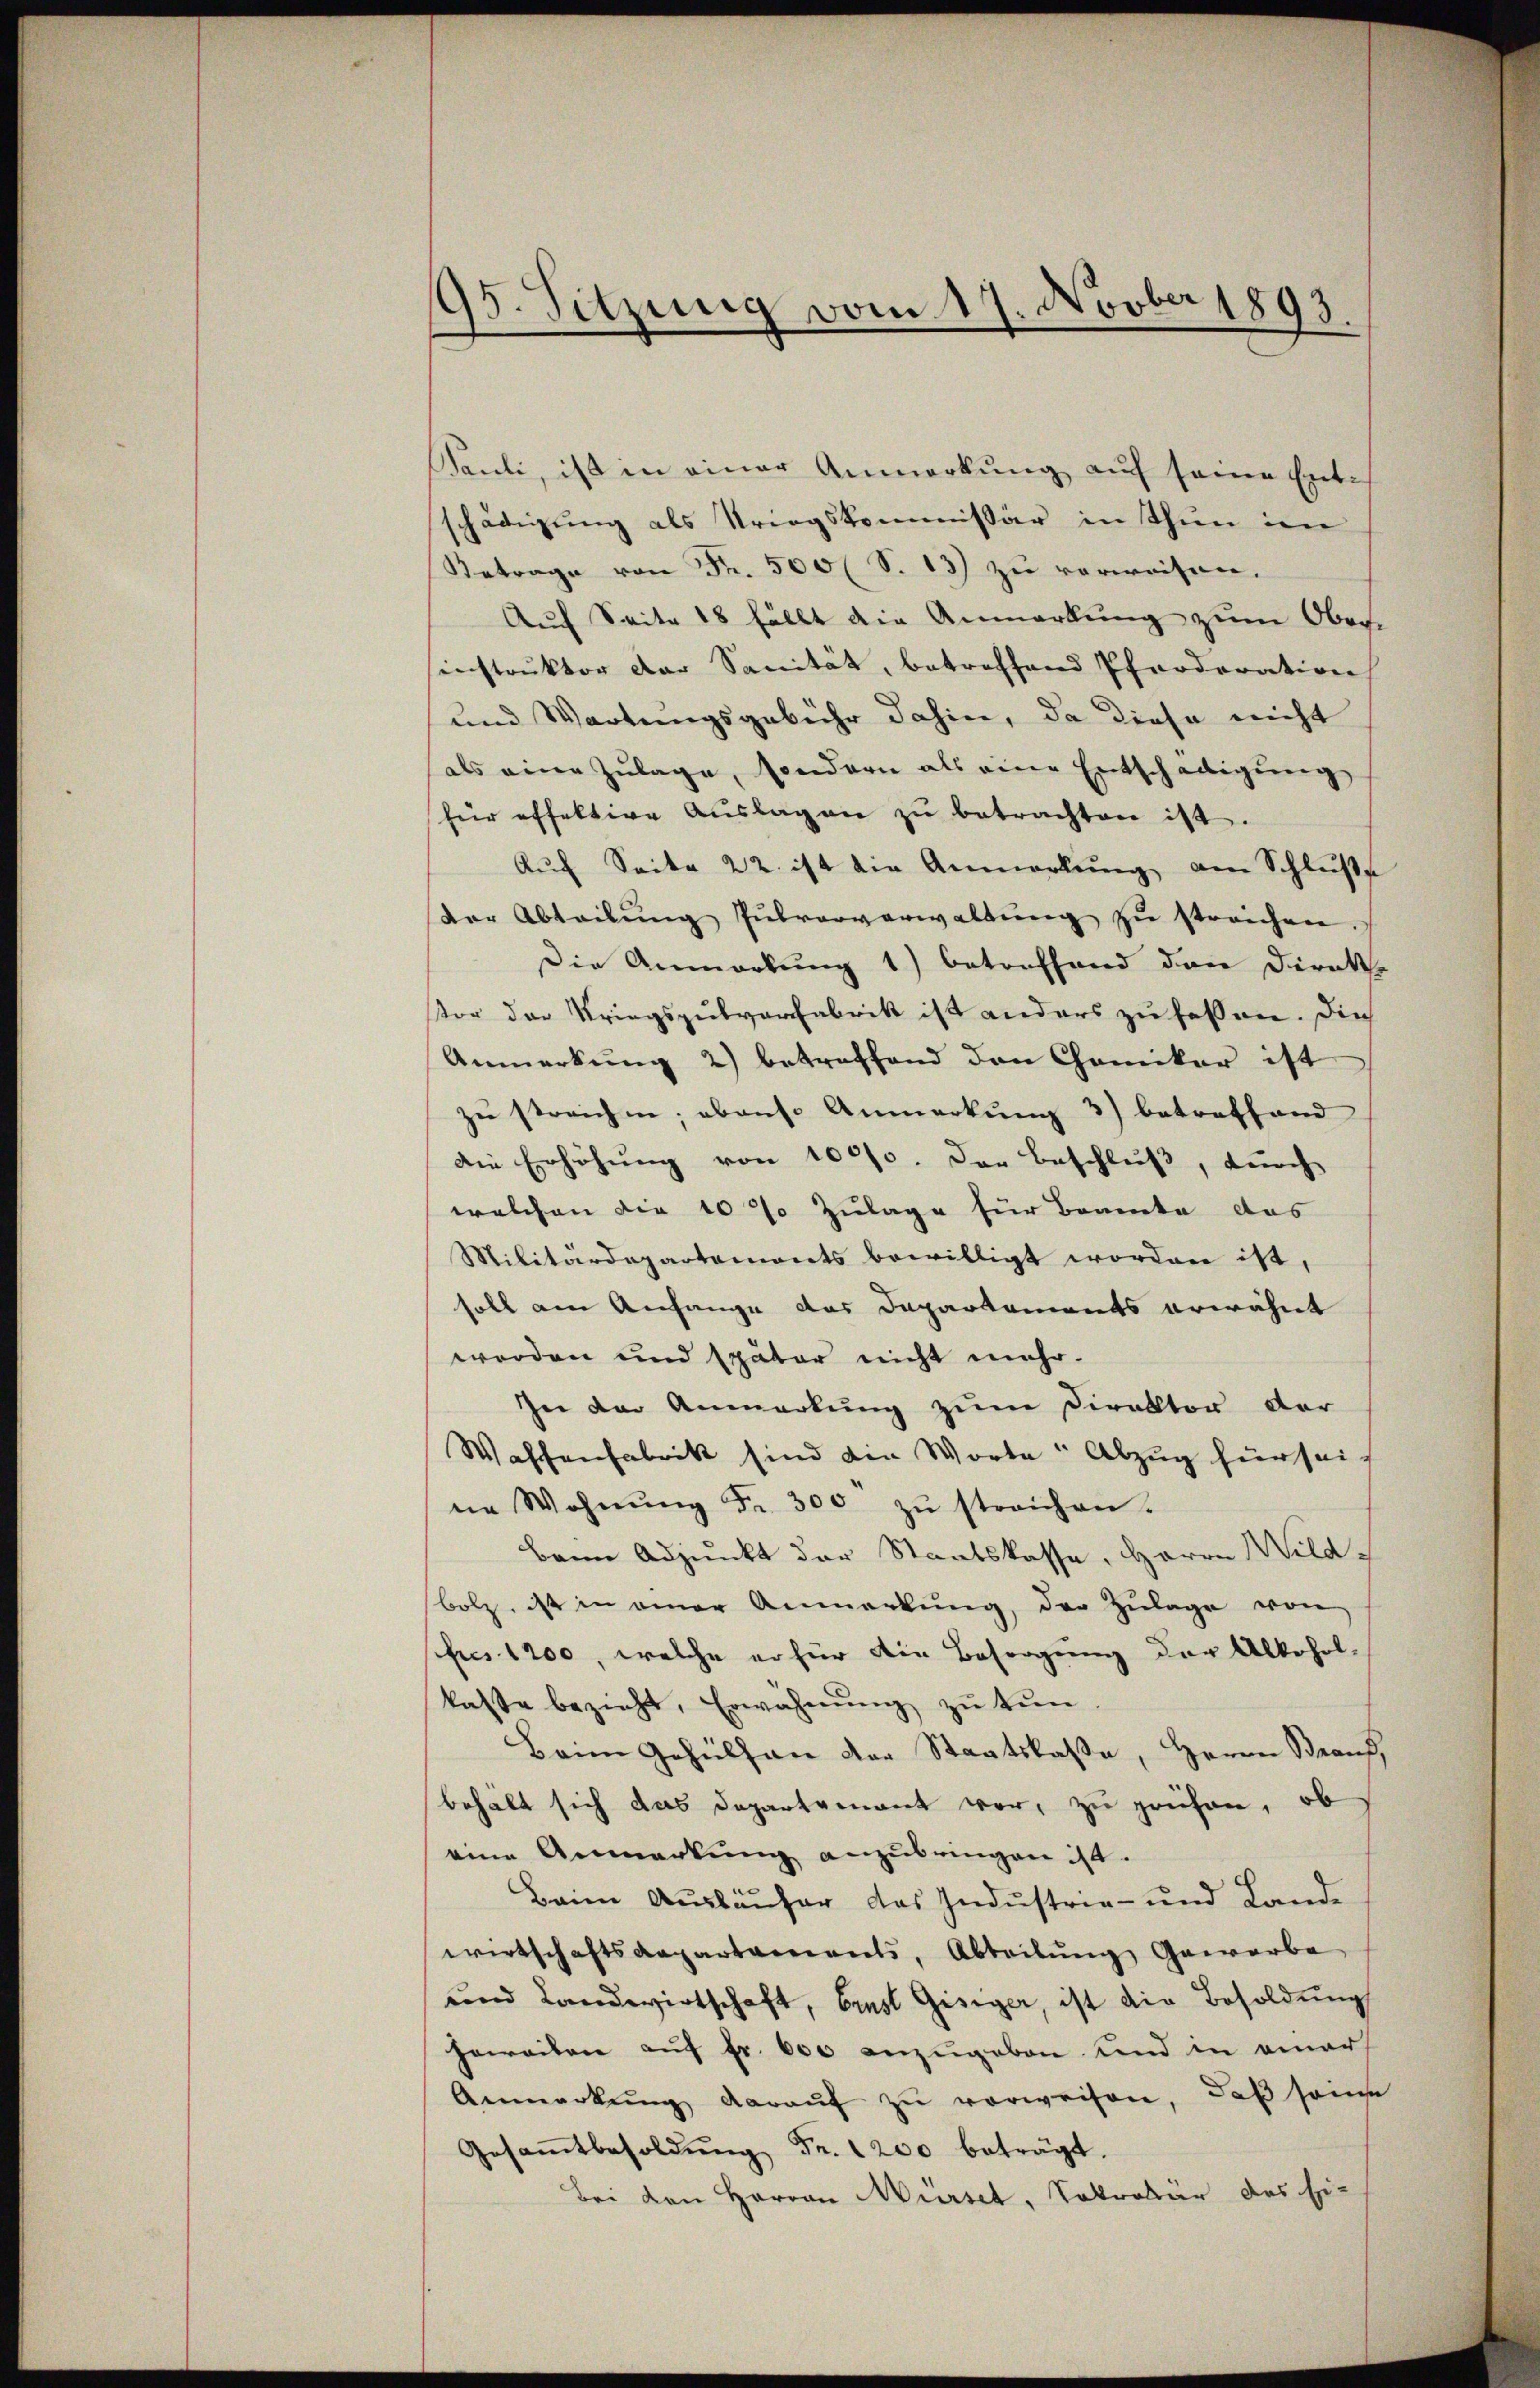
95. Sitzung vom 17. Novber 1893.

PPauli, ist in einer Anmerkung auf seine Ent-
schädigŭng als Kriegskommissär in Thun im
Betrage von Fr. 500 (S. 13) zu verweisen.
Auf Seite 18 fällt die Anmarkung zum Ober-
sinstruktor der Sanität, betreffend Pferderation
und Wartungsgebühr dahin, da diese nicht
als eine Zulage, sondern als eine Entschädigung
für effektive Aŭslagen zŭ betrachten ist.
Auf Seite 22. ist die Anmerkung am Schluße
der Abteilŭng Zŭbvorverwaltŭng zŭ streichen.
Die Anmerkung 1) betreffend den Direkt
Vor der Kriegsgutverfabrik ist anders zu fassen. Die
Anmerkŭng 2) betreffend den Chamikar ist
zu streichen; ebenso Anmerkung 3) betreffend
Die Erhöhung von 1000. Der Beschluß, durch
welchen die 10% Zulage für Beamte das
Militärdepartements bewilligt worden ist,
soll am Anfange das Departements erwähnt
werden und später nicht mehr.
In der Anmerkŭng zŭm Direktor der
Waffenfabrik sind die Worte: Abzug für sein
ne Wohnŭng Fr. 300 zŭ streichen.
Bann Adjunkt der Staatskasse, Herrn Wildbolz, ist in einer Anmerkŭng, der Zŭlage von
für 1200, welche er für die Besorgung der Alkohol-
kaste bezieht, Erwähnung zu tun
Beim Gehülfen der Staatskasse, Herrn Brauf,
behält sich das Departement vor, zu prüfen, ob
eine Anmerkung anzubringen ist.
Beim Ausläufer das Industrie- und Lande
wirtschaftsdepartaments, Abteilŭng Gewerbe
und Landwirtschaft, brust Gisiger, ist die Besoldŭng
jeweilen auf fr. 600 anzugeben und in einer
Anmerkŭng daraŭf zŭ verweisen, daß sonde
Gesaṁtbesoldŭng Fr. 1200 beträgt.
Bei den Herren Mürset, Sekretär des Ei-